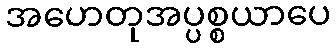
အဟေတုအပ္ပစ္စယာပေ